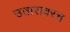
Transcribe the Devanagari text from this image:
उतारावरच